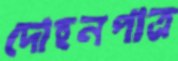
দোহনপাত্র